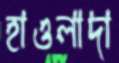
হাওলাদা